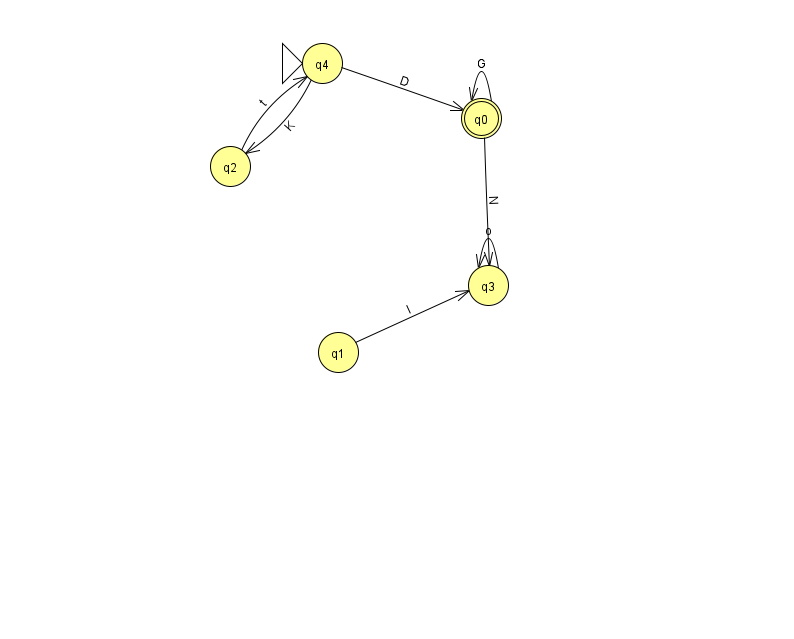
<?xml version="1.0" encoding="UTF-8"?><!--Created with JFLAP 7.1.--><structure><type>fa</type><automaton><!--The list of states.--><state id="0" name="q0"><x>481.0</x><y>105.0</y><final/></state><state id="1" name="q1"><x>338.0</x><y>339.0</y></state><state id="2" name="q2"><x>230.0</x><y>153.0</y></state><state id="3" name="q3"><x>488.0</x><y>272.0</y></state><state id="4" name="q4"><x>322.0</x><y>50.0</y><initial/></state><!--The list of transitions.--><transition><from>0</from><to>3</to><read>N</read></transition><transition><from>4</from><to>0</to><read>D</read></transition><transition><from>4</from><to>2</to><read>K</read></transition><transition><from>0</from><to>0</to><read>G</read></transition><transition><from>1</from><to>3</to><read>I</read></transition><transition><from>2</from><to>4</to><read>t</read></transition><transition><from>3</from><to>3</to><read>o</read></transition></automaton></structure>